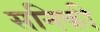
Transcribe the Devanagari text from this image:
सनिकी